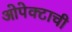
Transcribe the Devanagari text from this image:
ओपेक्टाची